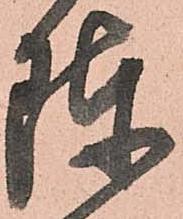
陣